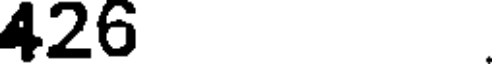
426